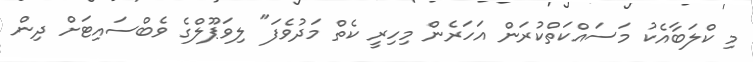
މި ކްލަބާއެކު މަސައްކަތްކުރަން އަހަރެން މިހިރީ ކެތް މަދުވެފަ" ލިވަޕޫލްގެ ވެބްސައިޓަށް ދިން